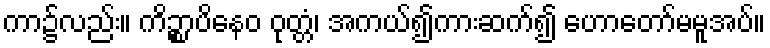
ကာ၌လည်း။ ကိဉ္စာပိနေဝ ဝုတ္တံ၊ အကယ်၍ကားဆက်၍ ဟောတော်မမူအပ်။